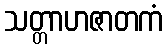
သတ္တာဟဇာတကံ